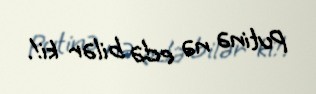
Putinə nə edə bilər ki!.